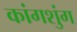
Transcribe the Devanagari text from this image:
कांगशुंग